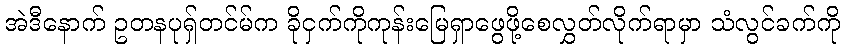
အဲဒီနောက် ဥတနပုရှ်တင်မ်က ခိုငှက်ကိုကုန်းမြေရှာဖွေဖို့စေလွှတ်လိုက်ရာမှာ သံလွင်ခက်ကို